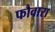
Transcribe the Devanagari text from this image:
फौवारा